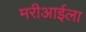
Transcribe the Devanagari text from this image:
मरीआईला